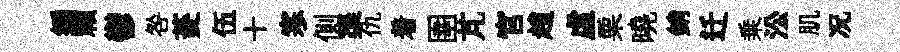
编賴鬱咎菱伍十寒側渠仇着圉芃官趙虚栗曉銷迁乗㳂肌况